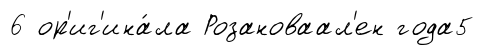
6 ор'иг'ина́ла Розановаал'ен года5